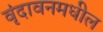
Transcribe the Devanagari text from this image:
वृंदावनमधील